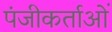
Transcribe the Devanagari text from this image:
पंजीकर्ताओं